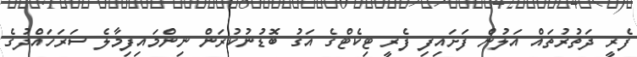
ފެރީ ދަތުރުތައް އަލުން ފަށައިފި ފެރީ ޓިކެޓްގެ އަގު ބޮޑުނުކުރަން ނިންމައިފިމާލެ ސަރަހައްދުގެ